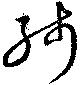
残